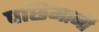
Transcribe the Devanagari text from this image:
पछिमानी